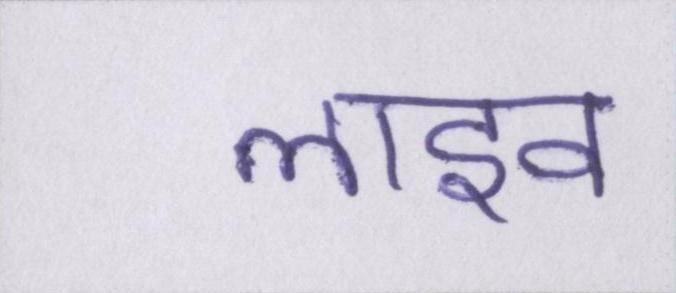
लाइव